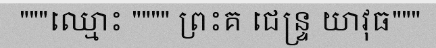
"""ឈ្មោះ """" ព្រះគ ជេន្ទ្រ យាវុធ"""